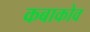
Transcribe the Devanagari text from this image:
कबाकोव